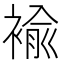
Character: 褕